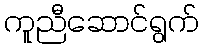
ကူညီဆောင်ရွက်